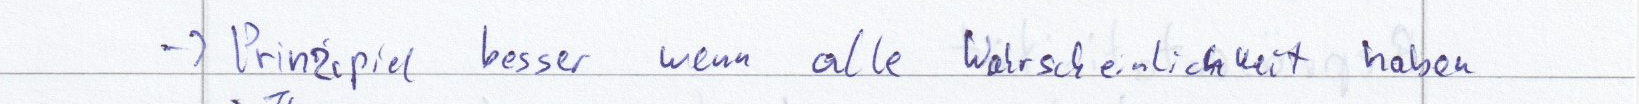
-> Prinzipiel besser wenn alle Wahrscheinlichkeit haben